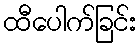
ထီပေါက်ခြင်း